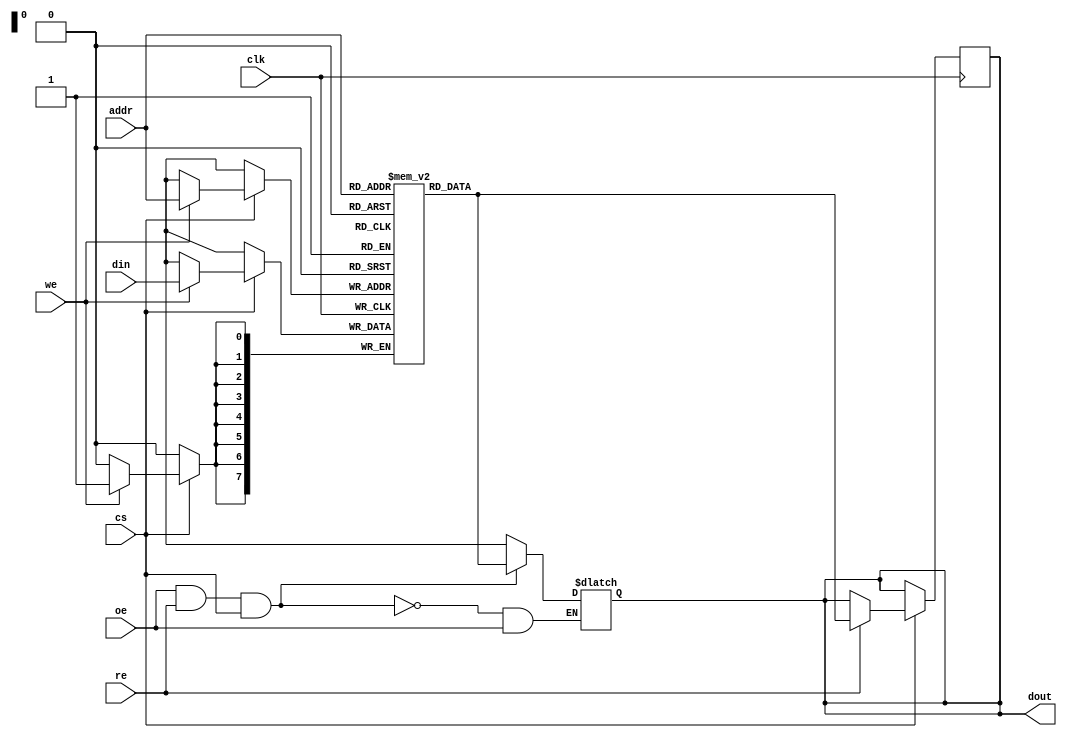
module embedded_sram #(
    parameter WORD_SIZE = 8,     // Size of each word (in bits)
    parameter NUM_WORDS = 256     // Number of words in the SRAM
)(
    input wire clk,               // Clock signal
    input wire cs,                // Chip Select
    input wire we,                // Write Enable
    input wire re,                // Read Enable
    input wire oe,                // Output Enable
    input wire [WORD_SIZE-1:0] din, // Data input
    input wire [$clog2(NUM_WORDS)-1:0] addr, // Address input
    output reg [WORD_SIZE-1:0] dout // Data output
);

    // Memory array
    reg [WORD_SIZE-1:0] memory [0:NUM_WORDS-1];

    // Read and Write operations
    always @(posedge clk) begin
        if (cs) begin
            if (we) begin
                // Write operation
                memory[addr] <= din;
            end
            if (re) begin
                // Read operation
                dout <= memory[addr];
            end
        end
    end

    // Output Enable control
    always @(*) begin
        if (oe && re && cs) begin
            // Data output is valid when output enable is high and read is enabled
            dout <= memory[addr];
        end else if (!oe) begin
            // Tri-state output when OE is low
            dout <= {WORD_SIZE{1'bz}};
        end
    end

endmodule